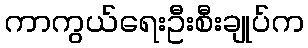
ကာကွယ်ရေးဦးစီးချုပ်က